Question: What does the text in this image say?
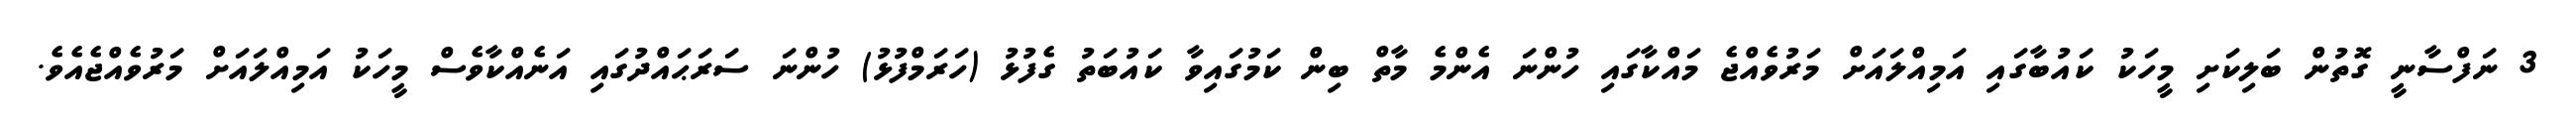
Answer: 3 ނަފްސާނީ ގޮތުން ބަލިކަށި މީހަކު ކައުބާގައި އަމިއްލައަށް މަރުވެއްޖެ މައްކާގައި ހުންނަ އެންމެ މާތް ބިން ކަމުގައިވާ ކައުބަތު ގެފުޅު (ހަރަމްފުޅު) ހުންނަ ސަރަޙައްދުގައި އަނެއްކާވެސް މީހަކު އަމިއްލައަށް މަރުވެއްޖެއެވެ.